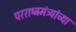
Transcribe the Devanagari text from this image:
परराष्ट्रमंत्र्यांच्या